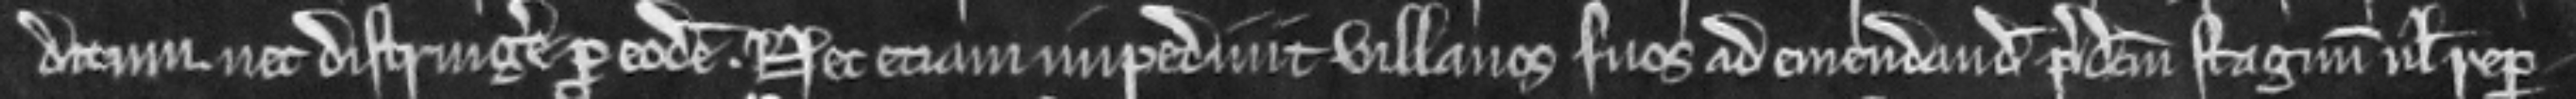
ditum. nec distringere pro eodem. nec eciam impedivit villanos suos ad emendandum predictum stagnum vel repar